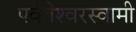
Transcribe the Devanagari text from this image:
पर्वतेश्‍वरस्वामी